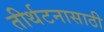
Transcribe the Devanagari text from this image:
तीर्थटनासाठी